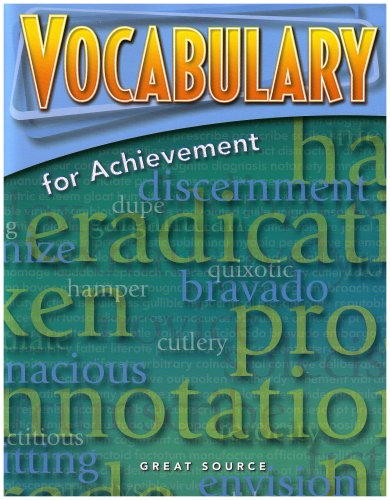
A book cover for Great Source Vocabulary for Achievement: Student Edition Grade 9 Third Course 2006; GREAT SOURCE; Teen & Young Adult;